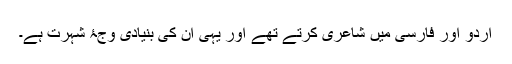
اُردو اور فارسی میں شاعری کرتے تھے اور یہی ان کی بنیادی وجۂ شہرت ہے۔